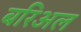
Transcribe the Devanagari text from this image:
बरिअल